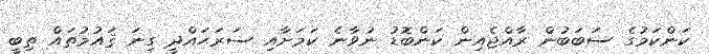
ކަންކަމުގެ ސަބަބުން ރާއްޖެއިން ކަންބޮޑު ނުވާނެ ކަމަށާއި ސަރަޙައްދީ ގިނަ ޤައުމުތައް ތިބީ